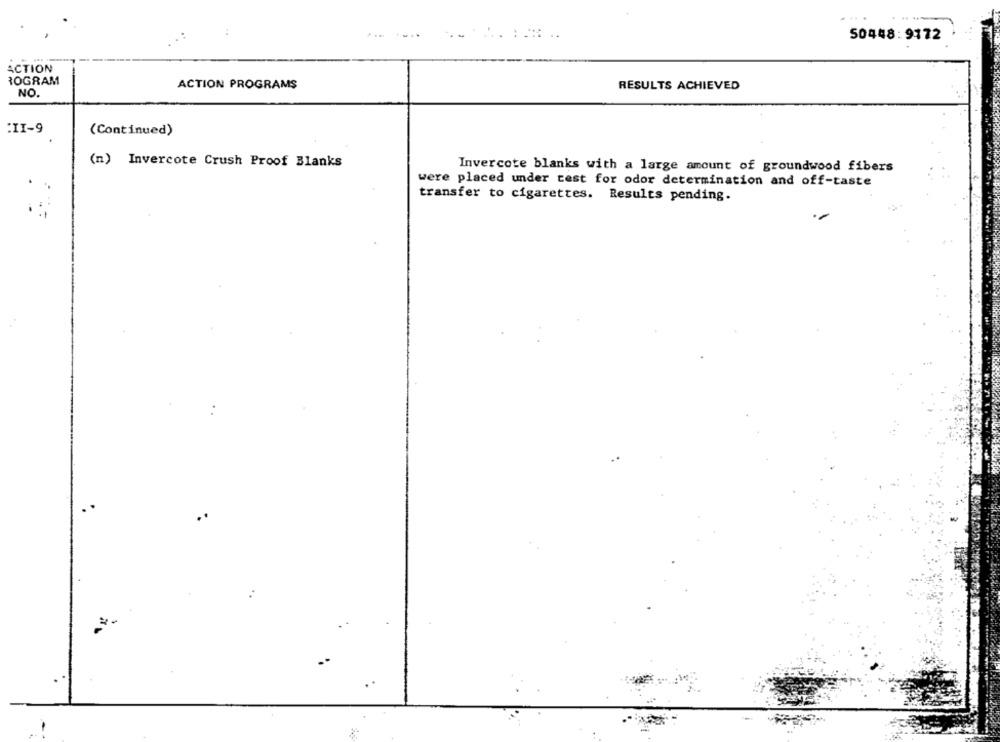
50448:9172
ACTION
TOGRAM
ACTION PROGRAMS
RESULTS ACHIEVED
NO.
:II-9
(Continued)
(n) Invercote Crush Proof Blanks
Invercote blanks with a large amount of groundwood fibers
were placed under test for odor determination and off-taste
transfer to cigarettes. Results pending.
..